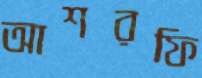
আশরফি